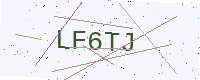
Text: LF6TJ